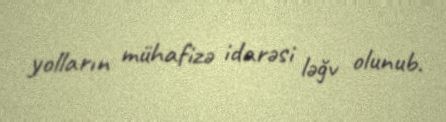
yolların mühafizə idarəsi ləğv olunub.